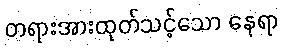
တရားအားထုတ်သင့်သော နေရာ